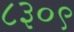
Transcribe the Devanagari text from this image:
८३०९